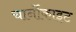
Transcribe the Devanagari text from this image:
चार्नोकाइट